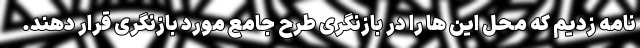
نامه زدیم که محل این ها را در بازنگری طرح جامع مورد بازنگری قرار دهند.